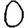
Digit: 0